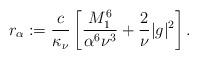
LaTeX: \begin{align*}r_\alpha:=\frac{c}{\kappa_\nu} \left[\frac{M_1^6}{\alpha^6\nu^3}+\frac{2}{\nu}|g|^2\right].\end{align*}